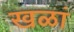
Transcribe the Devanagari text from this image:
खळां